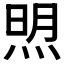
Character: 𬊚